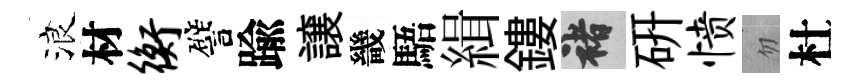
浪材衡譬踰譲畿䮏緝鏤褚硏愤忽杜